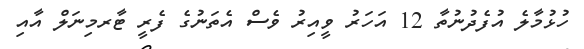
ހުޅުމާލެ އުފެދުނުތާ 12 އަހަރު ވީއިރު ވެސް އެތަނުގެ ފެރީ ޓާރމިނަލް އާއި